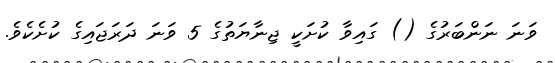
ވަނަ ނަންބަރުގެ () ގައިވާ ކުށަކީ ޖިނާޔަތުގެ 5 ވަނަ ދަރަޖައިގެ ކުށެކެވެ.